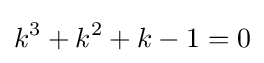
k^{3}+k^{2}+k-1=0